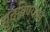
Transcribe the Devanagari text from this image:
सुचविण्यास